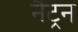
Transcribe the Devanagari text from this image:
नैट्रन